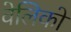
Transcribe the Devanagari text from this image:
वेलिको